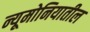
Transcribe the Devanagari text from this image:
न्यूमोनियातील